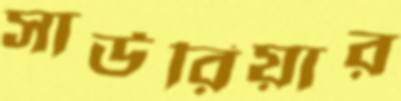
সাউরিয়ার